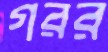
গরর